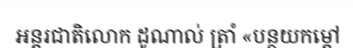
អន្តរជាតិលោក ដូណាល់ ត្រាំ «បន្ថយកម្តៅ